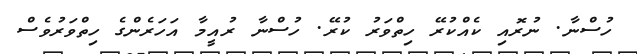
ހުސްނާ. ނުރޮއި ކެއްކުރޭ ހިތްވަރު ކުރޭ. ހުސްނާ ރުއީމާ އަހަރެންގެ ހިތްވަރުވެސް